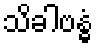
သိခါဗန္ဓံ